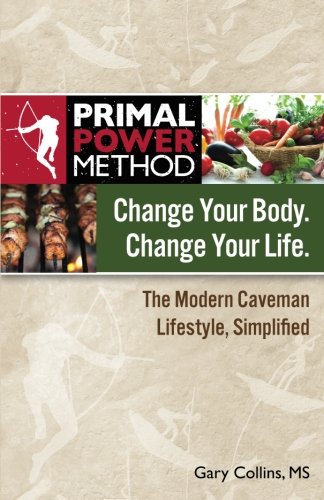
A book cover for Primal Power Method Change Your Body. Change Your Life. The Modern Caveman Lifestyle, Simplified; Gary Collins; Health, Fitness & Dieting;